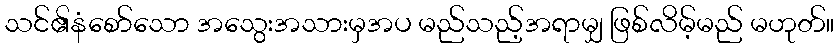
သင်၏နံစော်သော အသွေးအသားမှအပ မည်သည့်အရာမျှ ဖြစ်လိမ့်မည် မဟုတ်။